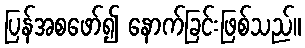
ပြန်အစဖော်၍ နောက်ခြင်းဖြစ်သည်။